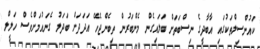
ކައުންސިލްތަކުގައި އާބާދީގެ ނިސްބަތަށް ބަލައިގެން މެންބަރުން ތިބެންޖެހޭ އަދަދަށް ބަދަލު ގެނައުމަށްވެސް ހަލީލް